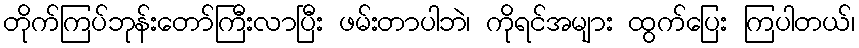
တိုက်ကြပ်ဘုန်းတော်ကြီးလာပြီး ဖမ်းတာပါဘဲ၊ ကိုရင်အများ ထွက်ပြေး ကြပါတယ်၊